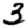
Digit: 3